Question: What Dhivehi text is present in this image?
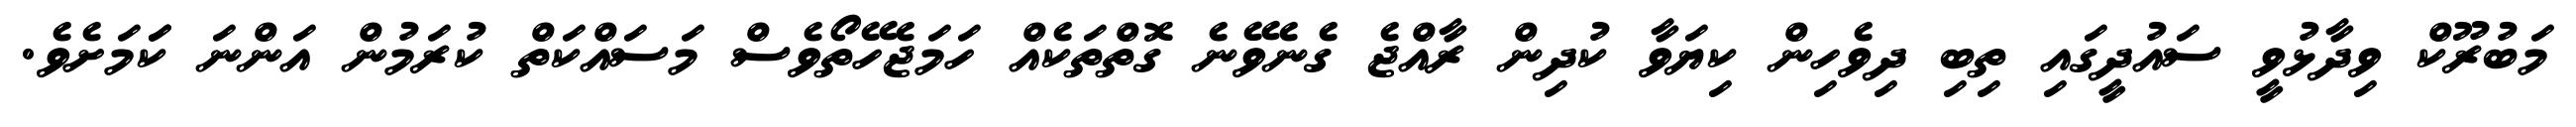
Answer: މަބުރޫކް ވިދާޅުވީ ސައުދީގައި ތިބި ދިވެހިން ކިޔަވާ ކުދިން ރާއްޖެ ގެނެވޭނެ ގޮތްތަކެއް ހަމަޖެހޭތޯވެސް މަސައްކަތް ކުރަމުން އަންނަ ކަަމަށެވެ.